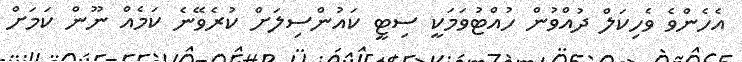
އެހެންވެ ވެހިކަލް ދުއްވުން ހުއްޓުވަމަކީ ސިޓީ ކައުންސިލަށް ކުރެވޭނެ ކަމެއް ނޫން ކަމަށް